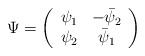
LaTeX: \begin{align*}\Psi =\left(\begin{array}{cc} \psi_1 & -\bar{\psi}_2 \\ \psi_2 & \bar{\psi}_1 \end{array}\right)\end{align*}